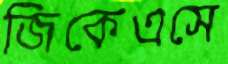
জিকেএসে